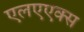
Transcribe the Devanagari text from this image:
एलएएक्स